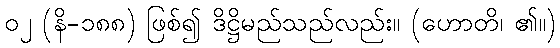
၀၂ (နိ-၁၈၈) ဖြစ်၍ ဒိဋ္ဌိမည်သည်လည်း။ (ဟောတိ၊ ၏။)